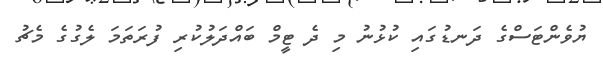
ޔުވެންޓަސްގެ ދަނޑުގައި ކުޅުނު މި ދެ ޓީމް ބައްދަލުކުރި ފުރަތަމަ ލެގުގެ މެޗު